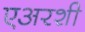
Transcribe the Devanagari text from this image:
एअरशी